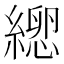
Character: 𦃕